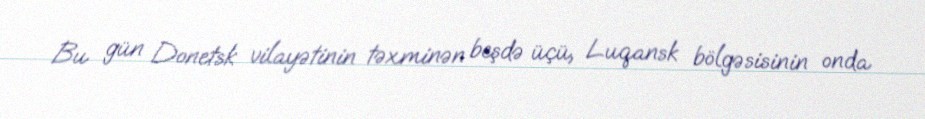
Bu gün Donetsk vilayətinin təxminən beşdə üçü, Luqansk bölgəsisinin onda